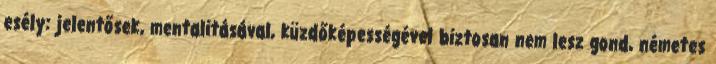
esély: jelentősek, mentalitásával, küzdőképességével biztosan nem lesz gond, németes